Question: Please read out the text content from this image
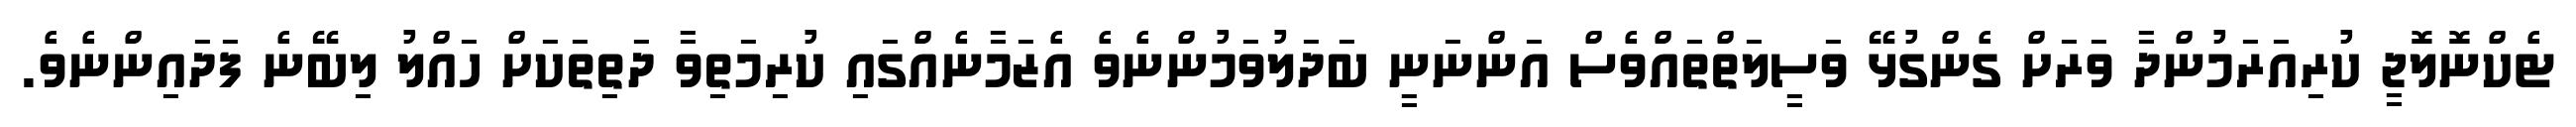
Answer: ޓެކްނޮލޮޖީ ކުރިއަރަމުންދާ ވަރަށް ގެންގުޅޭ ވަސީލަތްތައްވެސް އަންނަނީ ބަދަލުވަމުންނެވެ އެޒަމާނެއްގައި ކުރިމަތިވާ ދަތިތަކަށް ހައްލު ލިބޭނެ ފަދައިންނެވެ.